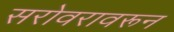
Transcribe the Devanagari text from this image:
सरोवरावरून